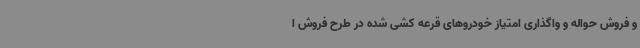
و فروش حواله و واگذاری امتیاز خودروهای قرعه کشی شده در طرح فروش ا